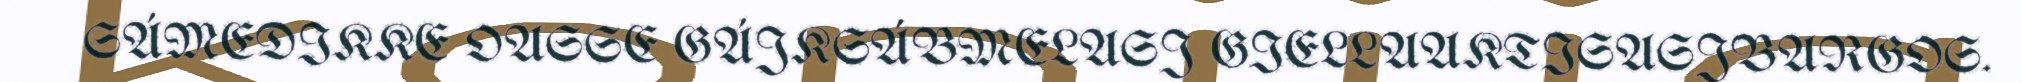
SÁMEDIKKE OASSE GÁJKSÁBMELASJ GIELLAAKTISASJBARGOS.